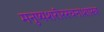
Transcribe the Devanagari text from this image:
मनुष्यशरीररचनाशास्त्र